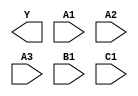
module sky130_fd_sc_ms__o311ai (
    Y ,
    A1,
    A2,
    A3,
    B1,
    C1
);

    output Y ;
    input  A1;
    input  A2;
    input  A3;
    input  B1;
    input  C1;

    // Voltage supply signals
    supply1 VPWR;
    supply0 VGND;
    supply1 VPB ;
    supply0 VNB ;

endmodule